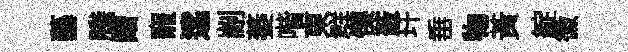
藝縢譜寵逺剬萎喈東群慄蔽玕𡸁物黄綻徽